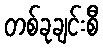
တစ်ခုချင်းစီ